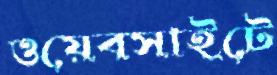
ওয়েবসাইটে